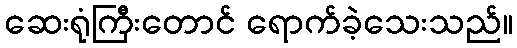
ဆေးရုံကြီးတောင် ရောက်ခဲ့သေးသည်။